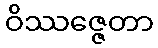
ဝိဿဇ္ဇေတာ